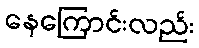
နေကြောင်းလည်း